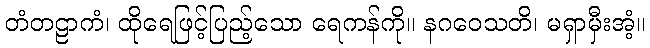
တံတဠာကံ၊ ထိုရေဖြင့်ပြည့်သော ရေကန်ကို။ နဂဝေသတိ၊ မရှာမှီးအံ့။